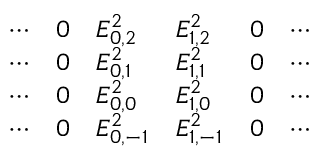
\begin{array} { l l l l l l } { \cdots } & { 0 } & { E _ { 0 , 2 } ^ { 2 } } & { E _ { 1 , 2 } ^ { 2 } } & { 0 } & { \cdots } \\ { \cdots } & { 0 } & { E _ { 0 , 1 } ^ { 2 } } & { E _ { 1 , 1 } ^ { 2 } } & { 0 } & { \cdots } \\ { \cdots } & { 0 } & { E _ { 0 , 0 } ^ { 2 } } & { E _ { 1 , 0 } ^ { 2 } } & { 0 } & { \cdots } \\ { \cdots } & { 0 } & { E _ { 0 , - 1 } ^ { 2 } } & { E _ { 1 , - 1 } ^ { 2 } } & { 0 } & { \cdots } \end{array}